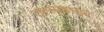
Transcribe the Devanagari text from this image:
उत्साहभाव